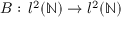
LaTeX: B : \, l ^ { 2 } ( \mathbb { N } ) \to l ^ { 2 } ( \mathbb { N } )